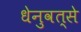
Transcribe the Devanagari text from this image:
धेनुवत्से